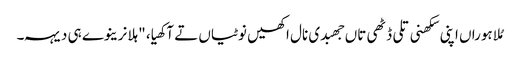
مُلا ہوراں اپنی سکھنی تلی ڈٹھی تاں جھبدی نال اکھیں نوٹیاں تے آکھیا، "ہلا نرینوے ہی دیہہ۔